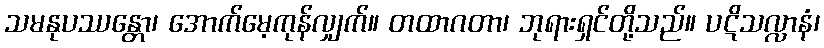
သမနုပဿန္တော၊ အောက်မေ့ကုန်လျှက်။ တထာဂတာ၊ ဘုရားရှင်တို့သည်။ ပဋိသလ္လာနံ၊